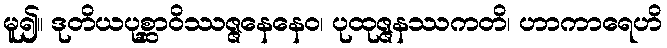
မူ၍။ ဒုတိယပုစ္ဆာဝိဿဇ္ဇနေနေဝ၊ ပုထုဇ္ဇနဿကတိ၊ ဟာကာရေဟိ